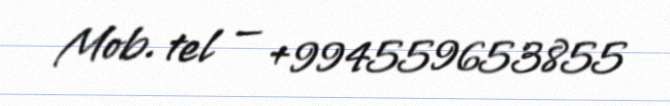
Mob. tel — +994559653855